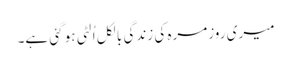
میری روزمرہ کی زندگی بالکل اُلٹی ہو گئی ہے۔